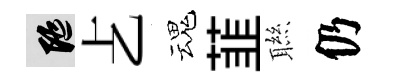
隨𠧒魂韮聮仍